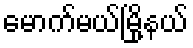
မောက်မယ်မြို့နယ်